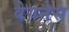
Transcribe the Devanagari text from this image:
वेगनेस